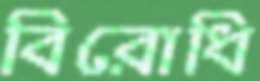
বিরোধি